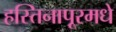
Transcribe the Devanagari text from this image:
हस्तिनापूरमधे